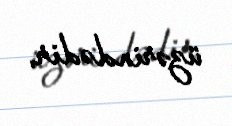
üzərindədir.